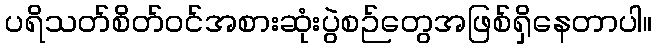
ပရိသတ်စိတ်ဝင်အစားဆုံးပွဲစဉ်တွေအဖြစ်ရှိနေတာပါ။